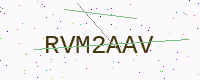
Text: RVM2AAV